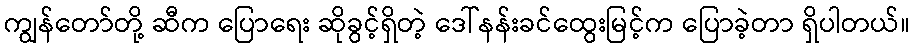
ကျွန်တော်တို့ ဆီက ပြောရေး ဆိုခွင့်ရှိတဲ့ ဒေါ်နန်းခင်ထွေးမြင့်က ပြောခဲ့တာ ရှိပါတယ်။